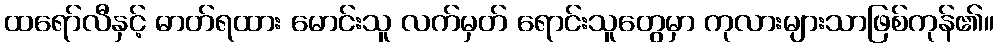
ထရော်လီနှင့် ဓာတ်ရထား မောင်းသူ လက်မှတ် ရောင်းသူတွေမှာ ကုလားများသာဖြစ်ကုန်၏။